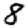
Digit: 8